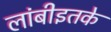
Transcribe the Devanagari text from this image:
लांबीइतके